Annual report of the Imperial Bacteriological Laboratory, Muktesar
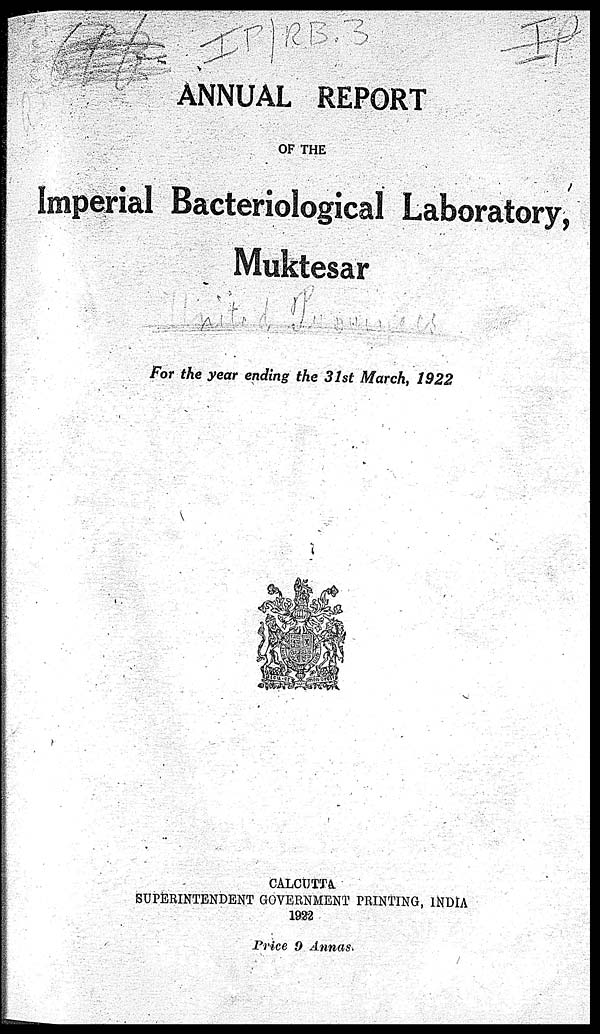
ANNUAL REPORT
OF THE
Imperial Bacteriological Laboratory,
Muktesar
For the year ending the 31st March, 1922
CALCUTTA
SUPERINTENDENT GOVERNMENT PRINTING, INDIA
1922
Price 9 Annas.